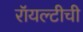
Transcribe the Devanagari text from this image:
रॉयल्टीची